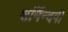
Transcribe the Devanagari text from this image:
शर्मिंन्दगी